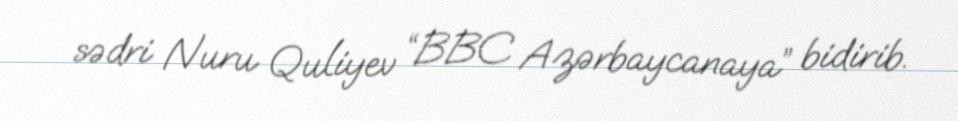
sədri Nuru Quliyev “BBC Azərbaycanaya” bidirib.